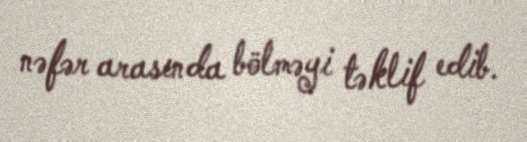
nəfər arasında bölməyi təklif edib.